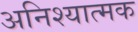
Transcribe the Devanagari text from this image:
अनिश्यात्मक